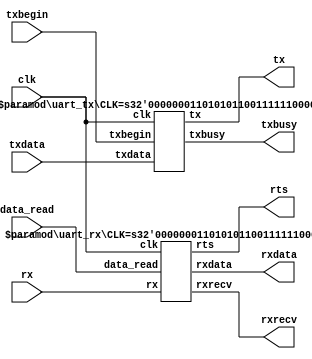
`timescale 1ns / 1ps
`default_nettype none

//    This file is part of the ZXUNO Spectrum core. 
//    Creation date is 19:56:26 2015-10-17 by Miguel Angel Rodriguez Jodar
//    (c)2014-2020 ZXUNO association.
//    ZXUNO official repository: http://svn.zxuno.com/svn/zxuno
//    Username: guest   Password: zxuno
//    Github repository for this core: https://github.com/mcleod-ideafix/zxuno_spectrum_core
//
//    ZXUNO Spectrum core is free software: you can redistribute it and/or modify
//    it under the terms of the GNU General Public License as published by
//    the Free Software Foundation, either version 3 of the License, or
//    (at your option) any later version.
//
//    ZXUNO Spectrum core is distributed in the hope that it will be useful,
//    but WITHOUT ANY WARRANTY; without even the implied warranty of
//    MERCHANTABILITY or FITNESS FOR A PARTICULAR PURPOSE.  See the
//    GNU General Public License for more details.
//
//    You should have received a copy of the GNU General Public License
//    along with the ZXUNO Spectrum core.  If not, see <https://www.gnu.org/licenses/>.
//
//    Any distributed copy of this file must keep this notice intact.

module uart (
    // CPU interface
    input wire clk,  // 28 MHz
    input wire [7:0] txdata,
    input wire txbegin,
    output wire txbusy,
    output wire [7:0] rxdata,
    output wire rxrecv,
    input wire data_read,
    // RS232 interface
    input wire rx,
    output wire tx,
    output wire rts
    );

    parameter CLK = 28000000;

    uart_tx #(.CLK(CLK)) transmitter (
        .clk(clk),
        .txdata(txdata),
        .txbegin(txbegin),
        .txbusy(txbusy),
        .tx(tx)
    );

    uart_rx #(.CLK(CLK)) receiver (
        .clk(clk),
        .rxdata(rxdata),
        .rxrecv(rxrecv),
        .data_read(data_read),
        .rx(rx),
        .rts(rts)
    );
endmodule

module uart_tx (
    // CPU interface
    input wire clk,  // 28 MHz
    input wire [7:0] txdata,
    input wire txbegin,
    output wire txbusy,
    // RS232 interface
    output reg tx
    );

    initial tx = 1'b1;

    parameter CLK = 28000000;
    parameter BPS = 115200;
    parameter PERIOD = CLK / BPS;

    parameter
        IDLE  = 2'd0,
        START = 2'd1,
        BIT   = 2'd2,
        STOP  = 2'd3;

    reg [7:0] txdata_reg;
    reg [1:0] state = IDLE;
    reg [15:0] bpscounter;
    reg [2:0] bitcnt;
    reg txbusy_ff = 1'b0;
    assign txbusy = txbusy_ff;

    always @(posedge clk) begin
        if (txbegin == 1'b1 && txbusy_ff == 1'b0 && state == IDLE) begin
            txdata_reg <= txdata;
            txbusy_ff <= 1'b1;
            state <= START;
            bpscounter <= PERIOD;
        end
        if (txbegin == 1'b0 && txbusy_ff == 1'b1) begin
            case (state)
                START:
                    begin
                        tx <= 1'b0;
                        bpscounter <= bpscounter - 16'd1;
                        if (bpscounter == 16'h0000) begin
                            bpscounter <= PERIOD;
                            bitcnt <= 3'd7;
                            state <= BIT;
                        end
                    end
                BIT:
                    begin
                        tx <= txdata_reg[0];
                        bpscounter <= bpscounter - 16'd1;
                        if (bpscounter == 16'h0000) begin
                            txdata_reg <= {1'b0, txdata_reg[7:1]};
                            bpscounter <= PERIOD;
                            bitcnt <= bitcnt - 3'd1;
                            if (bitcnt == 3'd0) begin
                                state <= STOP;
                            end
                        end
                    end
                STOP:
                    begin
                        tx <= 1'b1;
                        bpscounter <= bpscounter - 16'd1;
                        if (bpscounter == 16'h0000) begin
                            bpscounter <= PERIOD;
                            txbusy_ff <= 1'b0;
                            state <= IDLE;
                        end
                    end
                default:
                    begin
                        state <= IDLE;
                        txbusy_ff <= 1'b0;
                    end
            endcase
        end
    end
endmodule

module uart_rx (
    // CPU interface
    input wire clk,  // 28 MHz
    output reg [7:0] rxdata,
    output reg rxrecv,
    input wire data_read,
    // RS232 interface
    input wire rx,
    output reg rts
    );

    initial rxrecv = 1'b0;
    initial rts = 1'b0;

    parameter CLK = 28000000;
    parameter BPS = 115200;
    parameter PERIOD = CLK / BPS;
    parameter HALFPERIOD = PERIOD / 2;

    parameter
        IDLE  = 3'd0,
        START = 3'd1,
        BIT   = 3'd2,
        STOP  = 3'd3,
        WAIT  = 3'd4;

    // Sincronizacin de seales externas
    reg [1:0] rx_ff = 2'b00;
    always @(posedge clk) begin
        rx_ff <= {rx_ff[0], rx};
    end

    wire rx_is_1    = (rx_ff == 2'b11);
    wire rx_is_0    = (rx_ff == 2'b00);
    wire rx_negedge = (rx_ff == 2'b10);

    reg [15:0] bpscounter;
    reg [2:0] state = IDLE;
    reg [2:0] bitcnt;

    reg [7:0] rxshiftreg;

    always @(posedge clk) begin
        case (state)
            IDLE:
                begin
                    rts <= 1'b0;      // permitimos la recepcin
                    rxrecv <= 1'b0;   // si estamos aqui, es porque no hay bytes pendientes de leer
                    if (rx_negedge) begin
                        bpscounter <= PERIOD - 2;  // porque ya hemos perdido 2 ciclos detectando el flanco negativo                        
                        state <= START;
                    end
                end
            START:
                begin
                    bpscounter <= bpscounter - 16'd1;
                    if (bpscounter == HALFPERIOD) begin   // sampleamos el bit a mitad de ciclo
                        if (!rx_is_0) begin  // si no era una seal de START de verdad
                            state <= IDLE;
                        end
                    end
                    else if (bpscounter == 16'h0000) begin
                        bpscounter <= PERIOD;
                        rxshiftreg <= 8'h00;    // aqui iremos guardando los bits recibidos
                        bitcnt <= 3'd7;
                        state <= BIT;
                    end
                end
            BIT:
                begin
                    bpscounter <= bpscounter - 16'd1;
                    if (bpscounter == HALFPERIOD) begin   // sampleamos el bit a mitad de ciclo
                        if (rx_is_1) begin
                            rxshiftreg <= {1'b1, rxshiftreg[7:1]};   // los bits entran por la izquierda, del LSb al MSb
                        end
                        else if (rx_is_0) begin
                            rxshiftreg <= {1'b0, rxshiftreg[7:1]};
                        end
                        else begin
                            state <= IDLE;
                        end
                    end
                    else if (bpscounter == 16'h0000) begin
                        bitcnt <= bitcnt - 3'd1;
                        bpscounter <= PERIOD;
//                        if (bitcnt == 3'd3)
//                            rts <= 1'b1;
                        if (bitcnt == 3'd0)
                            state <= STOP;
                    end
                end

//rts en stop: se come 1 de cada dos chars
//rts a mitad de stop o antes: en vez de ok recibo "-" pero hace eco bien
            STOP:
                begin
                    bpscounter <= bpscounter - 16'd1;
                    if (bpscounter == HALFPERIOD) begin
                        if (!rx_is_1) begin  // si no era una seal de STOP de verdad
                            state <= IDLE;
                        end
                        else begin
                            rxrecv <= 1'b1;
                            rts <= 1'b1;
                            rxdata <= rxshiftreg;
                            state <= WAIT;
                        end
                    end
                end
            WAIT:
                begin
                    if (data_read == 1'b1) begin
                        state <= IDLE;
                    end
                end
            default: state <= IDLE;
        endcase
    end
endmodule